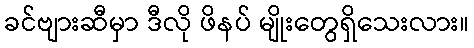
ခင်ဗျားဆီမှာ ဒီလို ဖိနပ် မျိုးတွေရှိသေးလား။